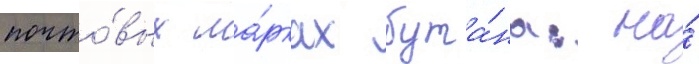
почто́вых ма́рках бута́на: на́